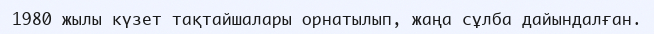
1980 жылы күзет тақтайшалары орнатылып, жаңа сұлба дайындалған.